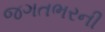
જગતભરની